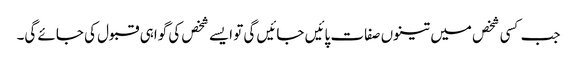
جب کسی شخص میں تینوں صفات پائیں جائیں گی تو ایسے شخص کی گواہی قبول کی جائے گی۔